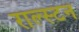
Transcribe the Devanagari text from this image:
राल्स्टन